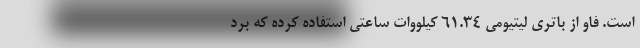
است. فاو از باتری لیتیومی 61.34 کیلووات ساعتی استفاده کرده که برد